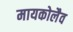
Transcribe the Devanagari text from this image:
मायकोलैव